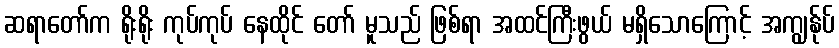
ဆရာတော်က ရိုးရိုး ကုပ်ကုပ် နေထိုင် တော် မူသည် ဖြစ်ရာ အထင်ကြီးဖွယ် မရှိသောကြောင့် အကျွန်ုပ်